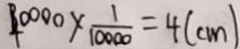
4 0 0 0 0 \times \frac { 1 } { 1 0 0 0 0 } = 4 ( c m )